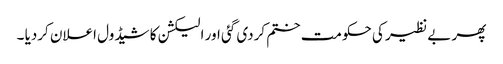
پھر بے نظیر کی حکومت ختم کردی گئی اور الیکشن کا شیڈول اعلان کردیا ۔